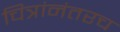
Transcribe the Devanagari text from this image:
चित्रांनंतरच